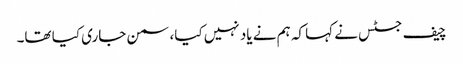
چیف جسٹس نے کہا کہ ہم نے یاد نہیں کیا، سمن جاری کیا تھا۔